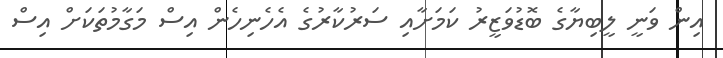
އިން ވަނީ ލީބިޔާގެ ބޮޑުވަޒީރު ކަމަށާއި ސަރުކާރުގެ އެހެނިހެން އިސް މަގާމުތަކަށް އިސް